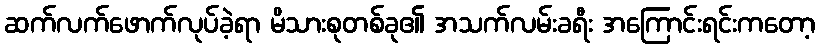
ဆက်လက်ဖောက်လုပ်ခဲ့ရာ မိသားစုတစ်ခု၏ အသက်လမ်းခရီး အကြောင်းရင်းကတော့